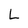
Character: L